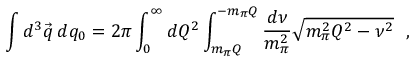
\int d ^ { 3 } \vec { q } \: d q _ { 0 } = 2 \pi \int _ { 0 } ^ { \infty } d Q ^ { 2 } \int _ { m _ { \pi } Q } ^ { - m _ { \pi } Q } { \frac { d \nu } { m _ { \pi } ^ { 2 } } } \sqrt { m _ { \pi } ^ { 2 } Q ^ { 2 } - \nu ^ { 2 } } \ \ ,